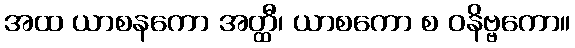
အထ ယာစနကော အတ္ထီ၊ ယာစကော စ ဝနိဗ္ဗကော။